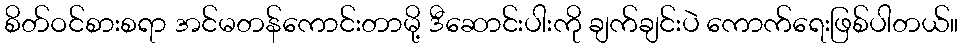
စိတ်ဝင်စားစရာ အင်မတန်ကောင်းတာမို့ ဒီဆောင်းပါးကို ချက်ချင်းပဲ ကောက်ရေးဖြစ်ပါတယ်။